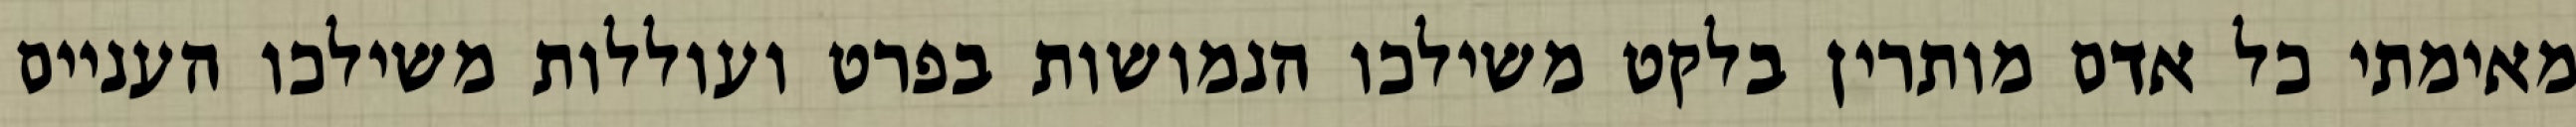
מאימתי כל אדם מותרין בלקט משילכו הנמושות בפרט ועוללות משילכו העניים